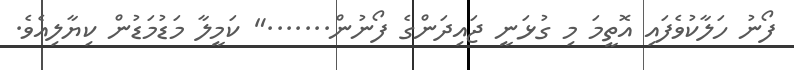
ފޯނު ހަލާކުވެފައި އޮތީމަ މި ގުޅަނީ ޖައިދަންގެ ފޯނުން......." ކަމީލާ މަޑުމަޑުން ކިޔާލިއެވެ.